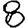
Digit: 8